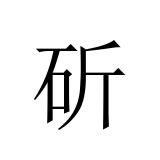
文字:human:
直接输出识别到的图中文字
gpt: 斫